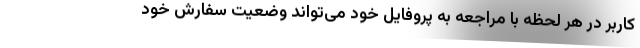
کاربر در هر لحظه با مراجعه به پروفایل خود می‌تواند وضعیت سفارش خود